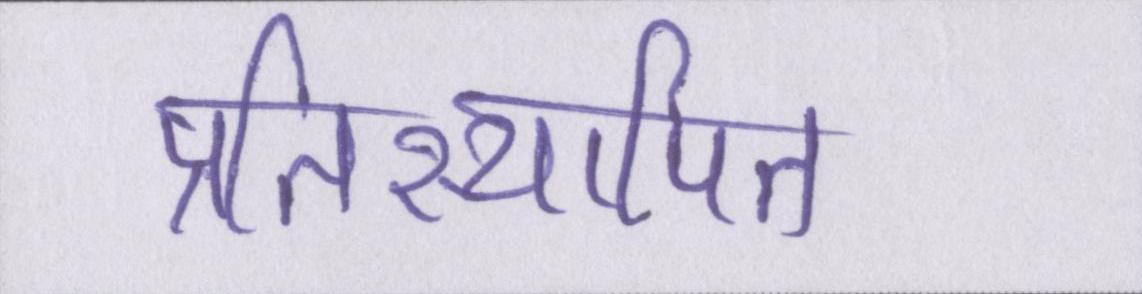
प्रतिस्थापित